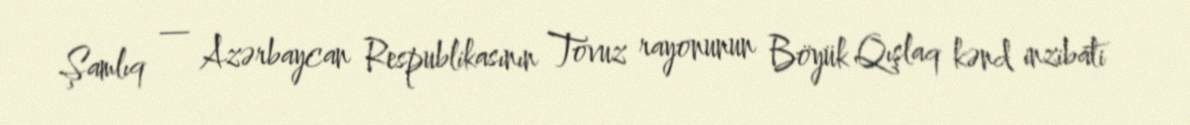
Şamlıq — Azərbaycan Respublikasının Tovuz rayonunun Böyük Qışlaq kənd inzibati